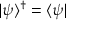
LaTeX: | \psi \rangle ^ { \dagger } = \langle \psi |